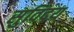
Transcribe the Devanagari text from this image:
सुविदय